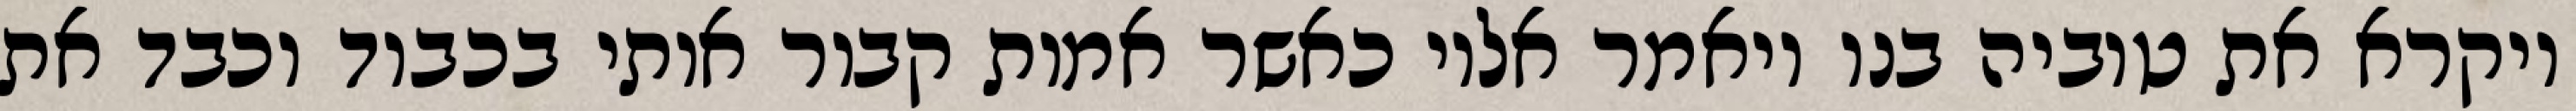
ויקרא את טוביה בנו ויאמר אליו כאשר אמות קבור אותי בכבוד וכבד את